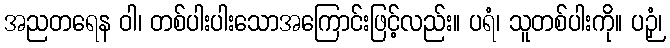
အညတရေန ဝါ၊ တစ်ပါးပါးသောအကြောင်းဖြင့်လည်း။ ပရံ၊ သူတစ်ပါးကို။ ပဉှံ၊